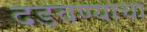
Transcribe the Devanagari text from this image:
दडवण्याचा